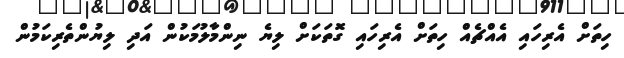
ހިތަށް އެރިހައި އެއްޗެއް ހިތަށް އެރިހައި ގޮތަކަށް ލިޔެ ނިންމާލުމަކުން އަދި ލިޔުންތެރިކަމުން